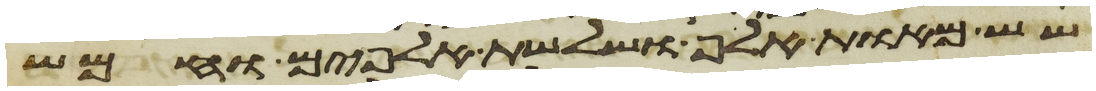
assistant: שש מאות אלף ושלשת אלפים וחמש